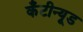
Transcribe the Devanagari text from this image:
कँटीन्यूड